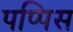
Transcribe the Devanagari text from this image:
पप्पिस